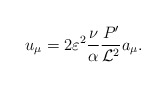
\begin{align*}u_{\mu} = 2 \varepsilon^2 \frac{\nu}{\alpha} \frac{P'}{{\cal L}^2} a_{\mu}.\end{align*}